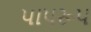
પાપરૂપ